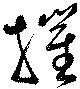
摧